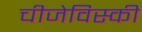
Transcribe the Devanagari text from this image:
चीजेविस्की